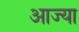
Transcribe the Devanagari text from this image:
आज्या